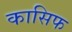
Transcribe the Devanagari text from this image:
कासिफ